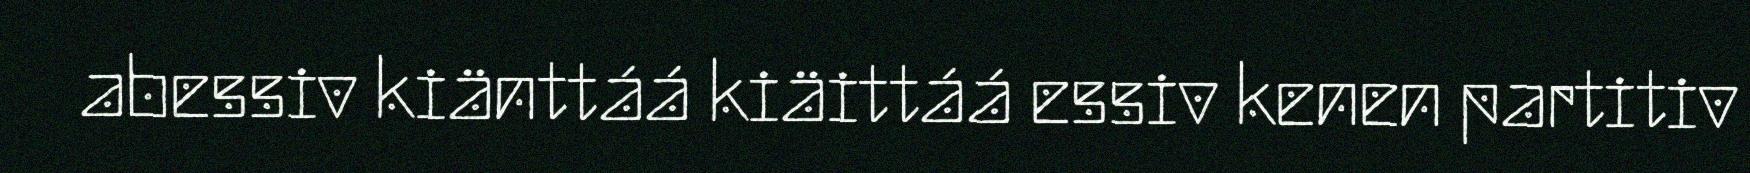
abessiv kiänttáá kiäittáá essiv kenen partitiv